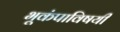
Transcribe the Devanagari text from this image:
भूकंपाविषयी